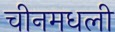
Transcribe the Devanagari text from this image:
चीनमधली